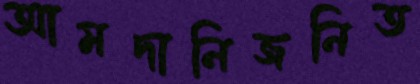
আমদানিজনিত